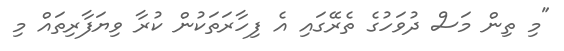
"މި ތިން މަސް ދުވަހުގެ ތެރޭގައި އެ ފިހާރަތަކުން ކުރާ ވިޔަފާރިތައް މި